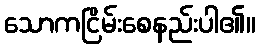
သောကငြိမ်းစေနည်းပါ၏။